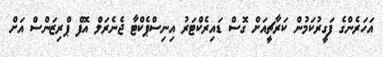
އަހަރެންގެ ފަގީރުކަމުން ކަރާޗީއަށް ގޮސް ޑައިރެކްޓަރު އިނިސްޕެކްޓާ ޖެނެރަލް އޮފް ޕްރިޒަންސް އަށް